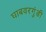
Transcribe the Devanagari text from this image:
घाबवरगुंडी